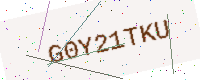
Text: G0Y21TKU